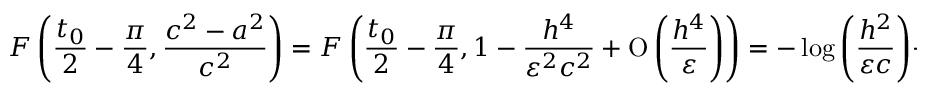
F \left( \frac { t _ { 0 } } { 2 } - \frac { \pi } { 4 } , \frac { c ^ { 2 } - a ^ { 2 } } { c ^ { 2 } } \right) = F \left( \frac { t _ { 0 } } { 2 } - \frac { \pi } { 4 } , 1 - \frac { h ^ { 4 } } { \varepsilon ^ { 2 } c ^ { 2 } } + \ensuremath { \operatorname { O } \left( \frac { h ^ { 4 } } { \varepsilon } \right) } \right) = - \log { \left( \frac { h ^ { 2 } } { \varepsilon c } \right) } + \ensuremath { \operatorname { O } \left( 1 \right) } ,